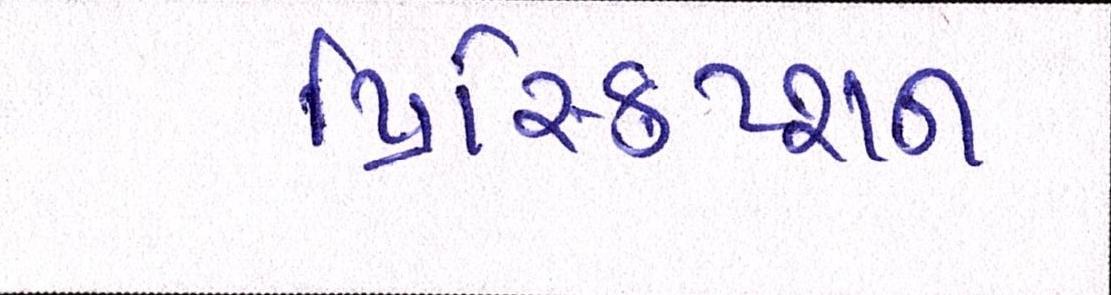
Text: પ્રિસ્ક્રિપ્શન